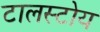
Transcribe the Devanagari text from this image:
टालस्टोय